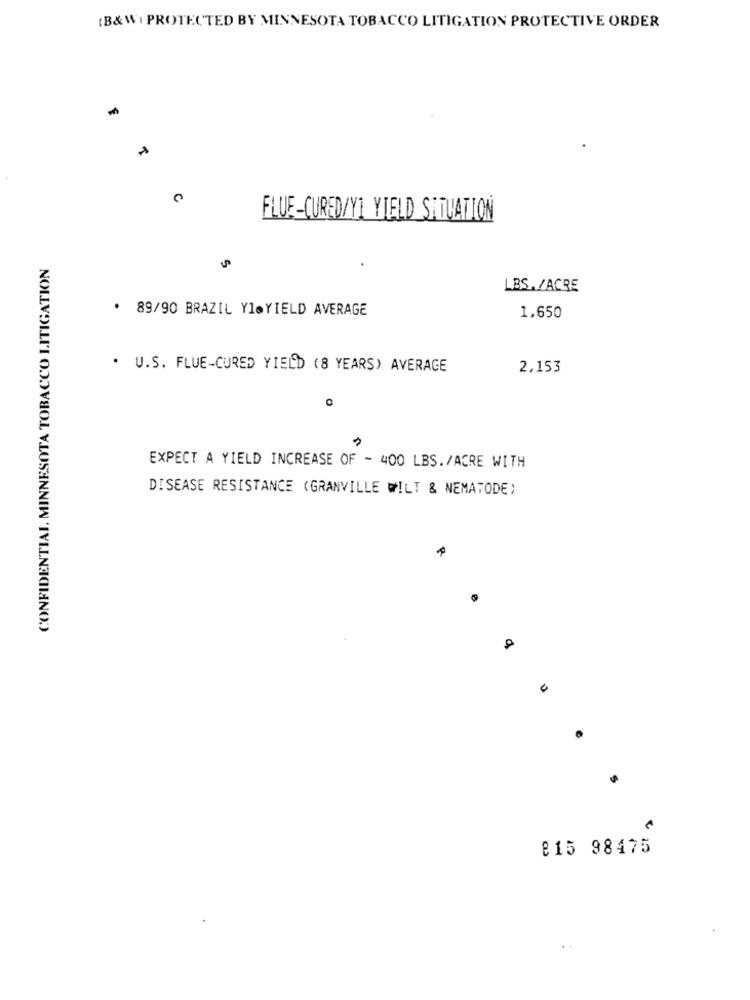
(B& W) PROTECTED BY MINNESOTA TOBACCO LITIGATION PROTECTIVE ORDER
C
FLUE-CURED/YI YIELD SHTUATION
CONFIDENTIAL. MINNESOTA TOBACCO LITIGATION
LBS./ACRE
· 89/90 BRAZIL YleYIELD AVERAGE
1,650
. U.S. FLUE-CURED YIELD (8 YEARS) AVERAGE
2,153
O
EXPECT A YIELD INCREASE OF - 400 LBS. /ACRE WITH
DISEASE RESISTANCE (GRANVILLE WILT & NEMATODE)
e
A
815 98475